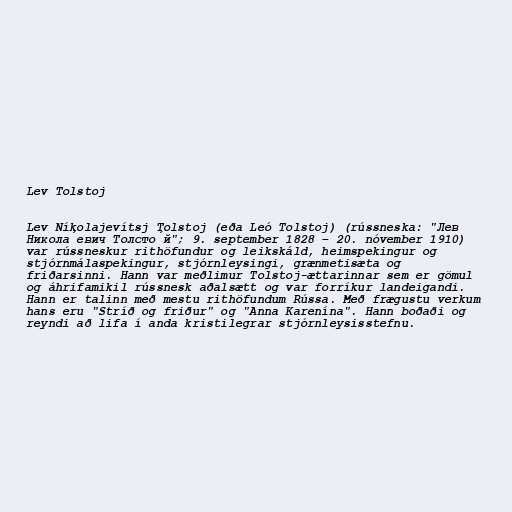
Lev Tolstoj

Lev Níkolajevítsj Tolstoj (eða Leó Tolstoj) (rússneska: "Лев
Никола́евич Толсто́й"; 9. september 1828 – 20. nóvember 1910)
var rússneskur rithöfundur og leikskáld, heimspekingur og
stjórnmálaspekingur, stjórnleysingi, grænmetisæta og
friðarsinni. Hann var meðlimur Tolstoj-ættarinnar sem er gömul
og áhrifamikil rússnesk aðalsætt og var forríkur landeigandi.
Hann er talinn með mestu rithöfundum Rússa. Með frægustu verkum
hans eru "Stríð og friður" og "Anna Karenína". Hann boðaði og
reyndi að lifa í anda kristilegrar stjórnleysisstefnu.